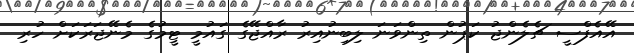
އޭއެފްސީ ޗެެލެންޖު ކަޕުން ތިންވަނަ ލިބިނުއިރު ރާއްޖޭގެ ގައުމީ ޓީމުގެ މެނޭޖަރަކަށް ހުރި